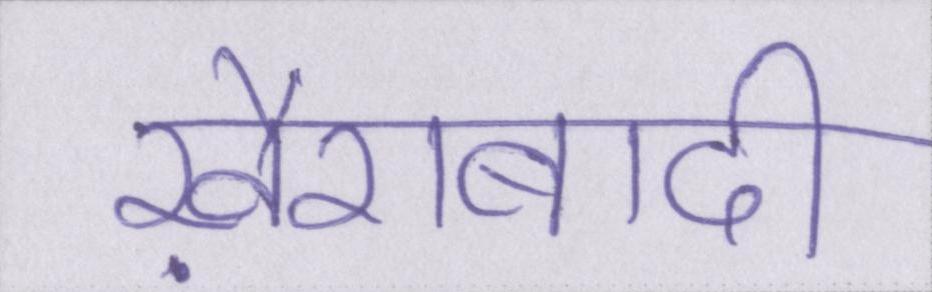
ख़ैराबादी